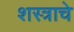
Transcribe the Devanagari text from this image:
शस्त्राचे